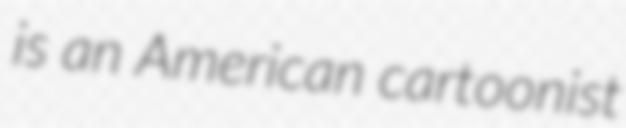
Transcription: is an American cartoonist